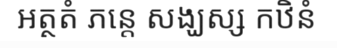
អត្ថតំ ភន្តេ សង្ឃស្ស កឋិនំ